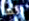
انها